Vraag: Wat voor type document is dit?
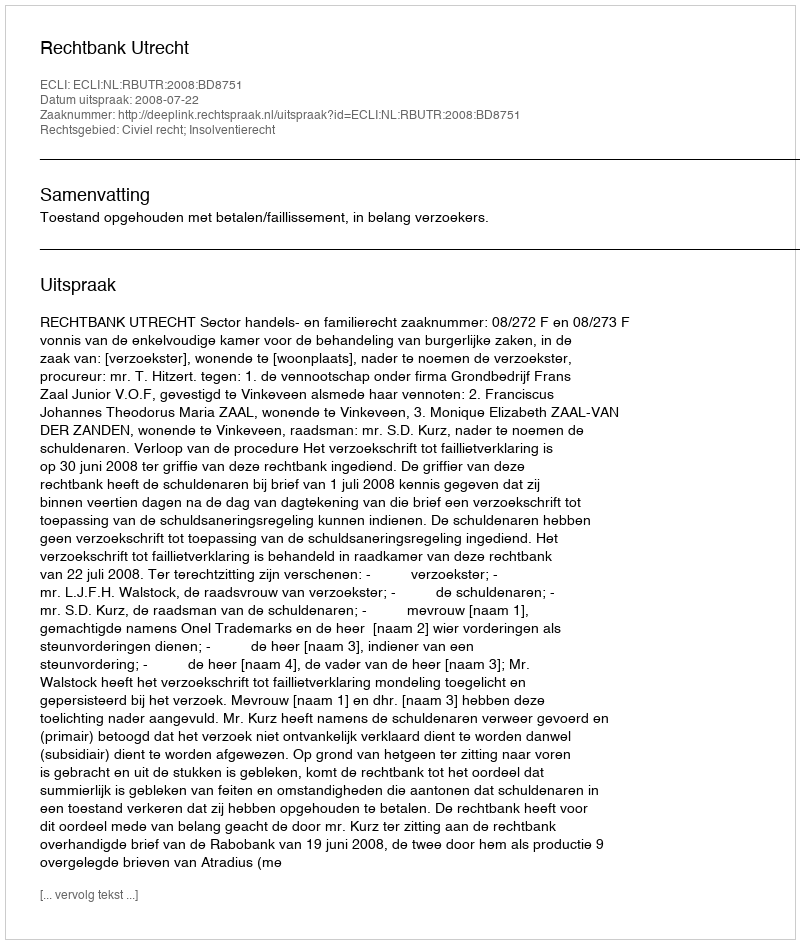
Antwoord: Uitspraak